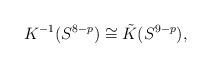
LaTeX: \begin{align*}K^{-1} (S^{8-p}) \cong \tilde{K} (S^{9-p}),\end{align*}